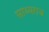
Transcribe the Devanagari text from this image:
साथ्यराज